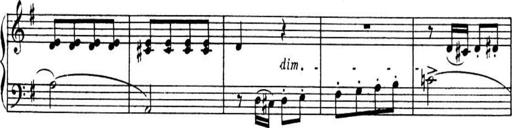
Title: Sonatines
Composer: Hedwige ChrÃ©tien